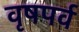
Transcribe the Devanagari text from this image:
वृषपर्व